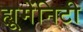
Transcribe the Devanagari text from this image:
ह्यूमेंनिटी